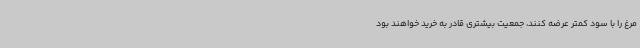
مرغ را با سود کمتر عرضه کنند، جمعیت بیشتری قادر به خرید خواهند بود